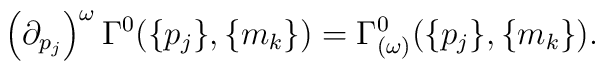
\left( {\partial }_{p_j}\right) ^\omega \Gamma ^0(\{p_j\},\{m_k\})=\Gamma_{(\omega )}^0(\{p_j\},\{m_k\}).